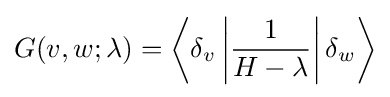
G(v,w;\lambda )=\left\langle \delta _{v}\left|{\frac {1}{H-\lambda }}\right|\delta _{w}\right\rangle